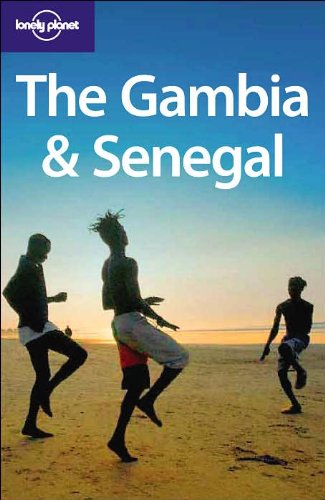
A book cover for Lonely Planet The Gambia & Senegal (Country Guide); Katharina Lobeck; Travel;